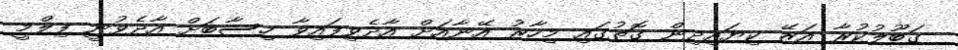
ގަބޫލުކުރާ އަޒޭ ކިޔައިދިން ގޮތުގައި މިހާރު އޭނާއަށް އާދެވިފައިވާ ހިސާބަށް އާދެވުނީ ފިލްމީ